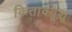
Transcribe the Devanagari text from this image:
किताक्यूशू